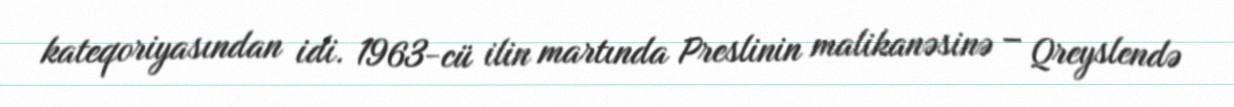
kateqoriyasından idi. 1963-cü ilin martında Preslinin malikanəsinə – Qreyslendə